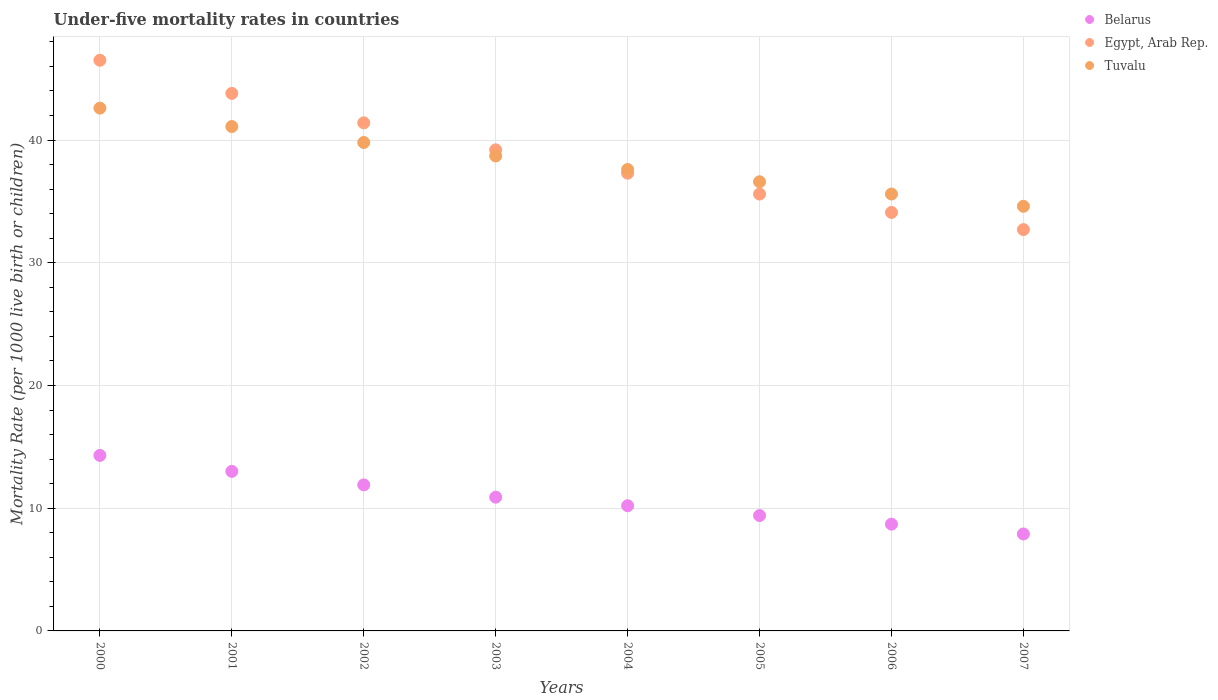
| Years | Belarus | Egypt, Arab Rep. | Tuvalu |
 | --- | --- | --- | --- |
 | 2000 | 14.3 | 46.5 | 42.6 |
 | 2001 | 13 | 43.8 | 41.1 |
 | 2002 | 11.9 | 41.4 | 39.8 |
 | 2003 | 10.9 | 39.2 | 38.7 |
 | 2004 | 10.2 | 37.3 | 37.6 |
 | 2005 | 9.4 | 35.6 | 36.6 |
 | 2006 | 8.7 | 34.1 | 35.6 |
 | 2007 | 7.9 | 32.7 | 34.6 |